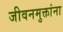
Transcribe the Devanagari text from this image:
जीवनमुक्तांना